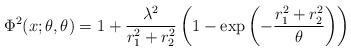
\begin{align*}\Phi^2(x;\theta,\theta) = 1 + \frac{\lambda^2}{r_1^2 + r_2^2}\left(1-\exp\left(-\frac{r_1^2 +r_2^2}{\theta}\right)\right)\end{align*}